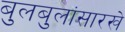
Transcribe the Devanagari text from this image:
बुलबुलांसारखे